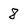
Character: 8